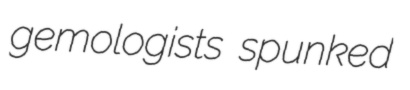
gemologists spunked